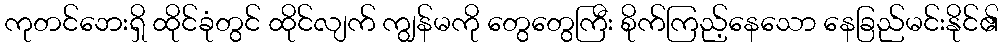
ကုတင်ဘေးရှိ ထိုင်ခုံတွင် ထိုင်လျက် ကျွန်မကို တွေတွေကြီး စိုက်ကြည့်နေသော နေခြည်မင်းနိုင်၏